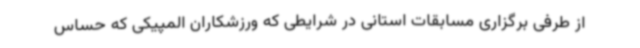
از طرفی برگزاری مسابقات استانی در شرایطی که ورزشکاران المپیکی که حساس